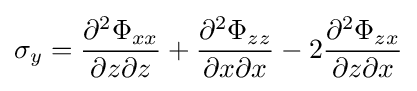
\sigma _{y}={\frac {\partial ^{2}\Phi _{xx}}{\partial z\partial z}}+{\frac {\partial ^{2}\Phi _{zz}}{\partial x\partial x}}-2{\frac {\partial ^{2}\Phi _{zx}}{\partial z\partial x}}